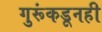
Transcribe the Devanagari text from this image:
गुरूंकडूनही